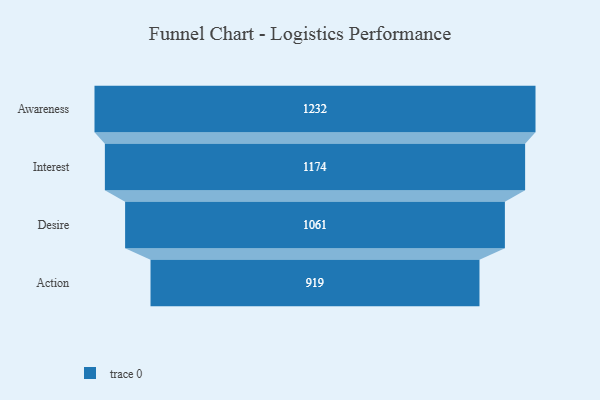
{"axis": {"x": "Stage", "y": "Value"}, "legend": [""], "data": [{"x": "Awareness", "y": 1232.0, "type": ""}, {"x": "Interest", "y": 1174.0, "type": ""}, {"x": "Desire", "y": 1061.0, "type": ""}, {"x": "Action", "y": 919.0, "type": ""}]}